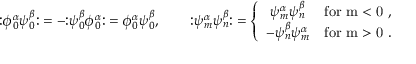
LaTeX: \mathopen : \phi _ { 0 } ^ { \alpha } \psi _ { 0 } ^ { \beta } \mathclose : = - \mathopen : \psi _ { 0 } ^ { \beta } \phi _ { 0 } ^ { \alpha } \mathclose : = \phi _ { 0 } ^ { \alpha } \psi _ { 0 } ^ { \beta } , \qquad \mathopen : \psi _ { m } ^ { \alpha } \psi _ { n } ^ { \beta } \mathclose : = \left\{ \begin{array} { c l } { { \psi _ { m } ^ { \alpha } \psi _ { n } ^ { \beta } } } & { { \mathrm { f o r ~ m < 0 ~ } , } } \\ { { - \psi _ { n } ^ { \beta } \psi _ { m } ^ { \alpha } } } & { { \mathrm { f o r ~ m > 0 ~ } . } } \end{array} \right.